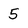
Character: 5